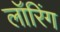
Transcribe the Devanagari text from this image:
लॉरिंग